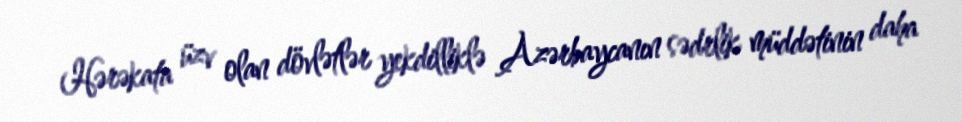
Hərəkata üzv olan dövlətlər yekdilliklə Azərbaycanın sədrlik müddətinin daha